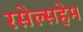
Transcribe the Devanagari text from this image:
रसेल्सहेम